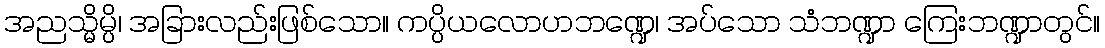
အညသ္မိမ္ပိ၊ အခြားလည်းဖြစ်သော။ ကပ္ပိယလောဟဘဏ္ဍေ၊ အပ်သော သံဘဏ္ဍာ ကြေးဘဏ္ဍာတွင်။